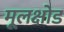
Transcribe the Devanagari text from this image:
मूलक्षोड